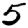
Digit: 5